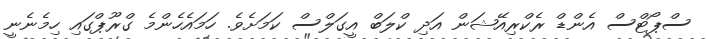
ސްޕޯޓްސް އެންޑް ރެކްރިއޭޝަން އަދި ކްލަބް އީގަލްސް ކަމަށެވެ. ހަމައެހެންމެ ގްރޫޕްގައި ހިމެނެނީ